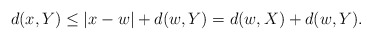
\begin{align*}d(x,Y) \le |x-w| + d(w,Y) = d(w,X) + d(w,Y).\end{align*}